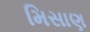
મિસાણ